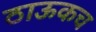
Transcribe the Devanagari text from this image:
ठाऊकच